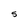
Character: 5